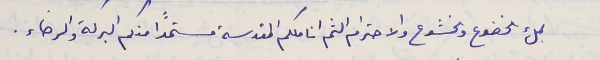
بملء الخضوع والخشوع والاحترام الثم اناملكم المقدسة مستمداً منكم البركة والرضاء.